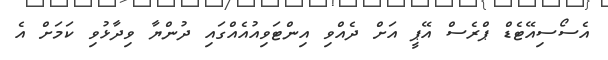
އެސޯސިއޭޓެޑް ޕްރެސް އޭޕީ އަށް ދެއްވި އިންޓަވިއުއެއްގައި ދުންޔާ ވިދާޅުވި ކަމަށް އެ